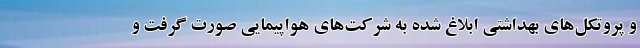
و پروتکل‌های بهداشتی ابلاغ شده به شرکت‌های هواپیمایی صورت گرفت و